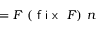
= F \ ( { \textsf { f i x } } \ F ) \ n